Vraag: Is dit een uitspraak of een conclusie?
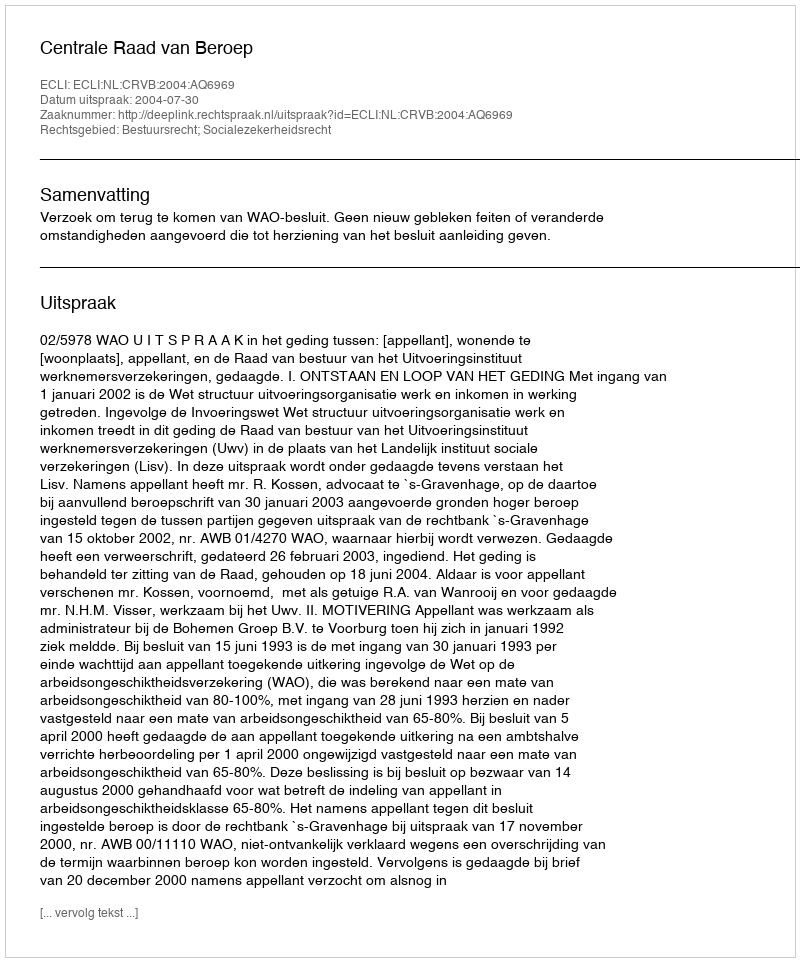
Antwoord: Uitspraak